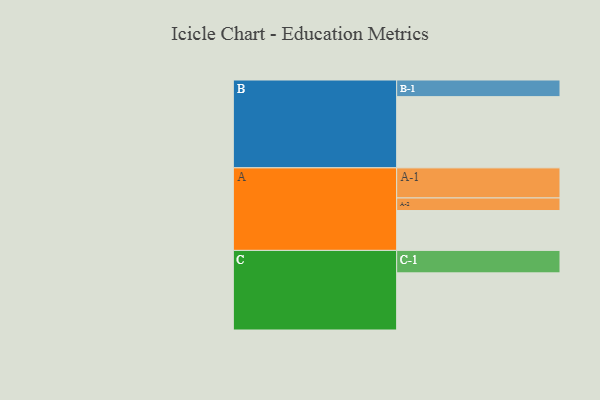
{"axis": {"x": "Segment", "y": "Value"}, "legend": ["", "A", "B", "C"], "data": [{"x": "A", "y": 314, "type": ""}, {"x": "B", "y": 561, "type": ""}, {"x": "C", "y": 450, "type": ""}, {"x": "A-1", "y": 237, "type": "A"}, {"x": "A-2", "y": 99, "type": "A"}, {"x": "B-1", "y": 131, "type": "B"}, {"x": "C-1", "y": 177, "type": "C"}]}